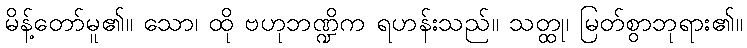
မိန့်တော်မူ၏။ သော၊ ထို ဗဟုဘဏ္ဍိက ရဟန်းသည်။ သတ္ထု၊ မြတ်စွာဘုရား၏။